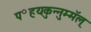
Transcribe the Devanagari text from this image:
प॰हयकुन्नुम्मॅल्